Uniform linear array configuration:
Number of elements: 48
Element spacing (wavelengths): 1
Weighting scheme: uniform
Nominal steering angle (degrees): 15
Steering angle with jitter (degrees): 13.312
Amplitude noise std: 0.05
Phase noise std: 0.05

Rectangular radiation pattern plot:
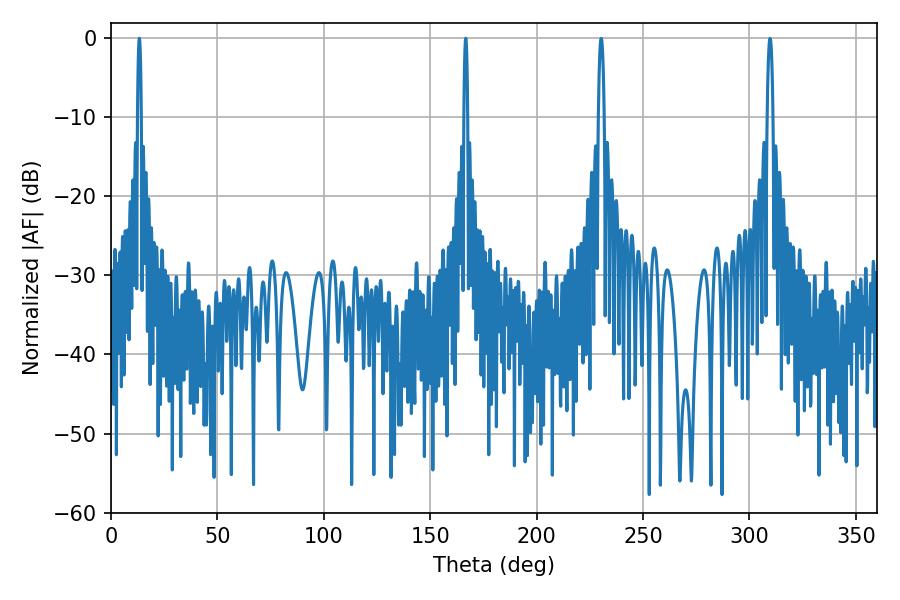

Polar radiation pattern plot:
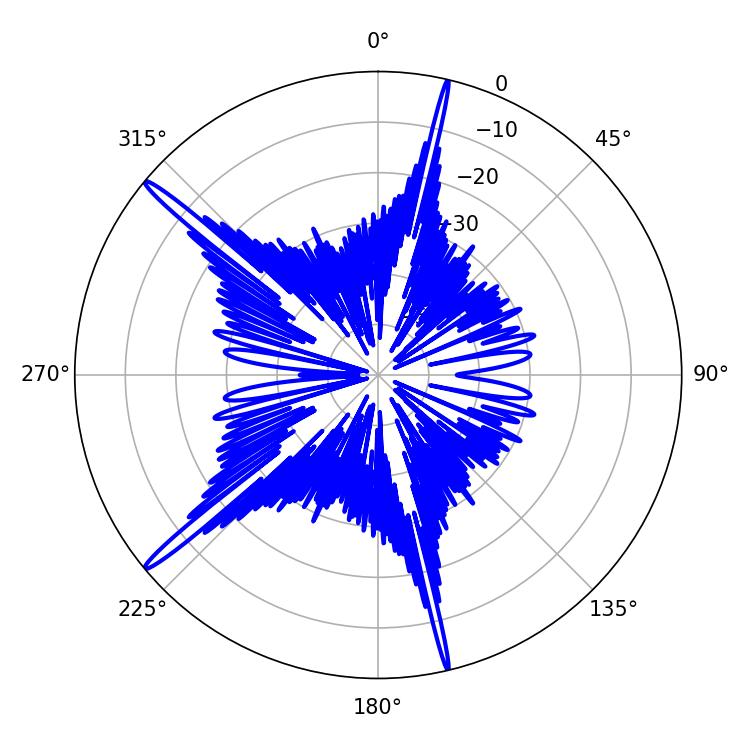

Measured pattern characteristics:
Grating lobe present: TRUE
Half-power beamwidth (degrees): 1.08
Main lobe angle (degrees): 13.32